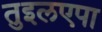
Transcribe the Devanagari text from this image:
तुइलएपा